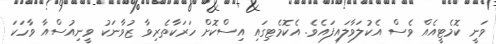
ވަނީ ކޮމެޓީއެއް ވެސް އެކުލަވާލައިފައެވެ. އެކޮމެޓިގައި އިސްކޮށް ހަރަކާތެރިވާ ޒުވާނަކު ވީނިއުސްއާ ވާހަކަ